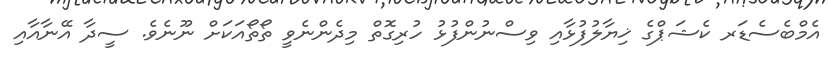
އެމްބެސެޑަރ ކެޝަޕްގެ ޚިޔާލުފުޅާއި ވިސްނުންފުޅު ހުރިގޮތް މިދެންނެވީ ތޯތޯއަކަށް ނޫނެވެ. ސީދާ އޭނާއާއި